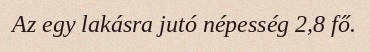
Az egy lakásra jutó népesség 2,8 fő.